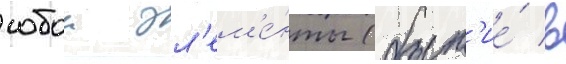
собои эл'ем'е́нты (быт'ие́ в